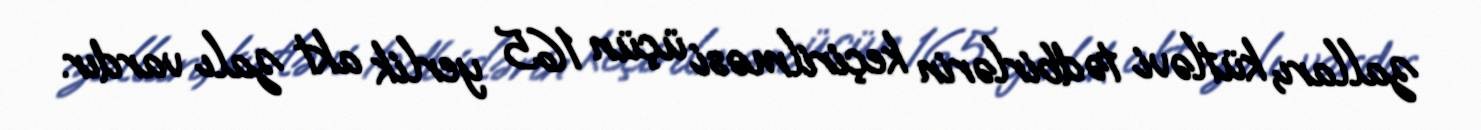
zalları, kütləvi tədbirlərin keçirilməsi üçün 165 yerlik akt zalı vardır.